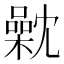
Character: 𣜣